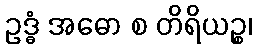
ဥဒ္ဓံ အဓော စ တိရိယဉ္စ၊